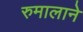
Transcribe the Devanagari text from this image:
रुमालाने